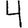
Digit: 4